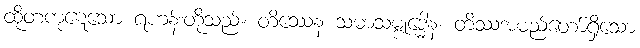
ထိုတကုဋေသော ရဟန်းတို့သည်။ တိဿေန သမာသမ္ဗုဒ္ဓေါန၊ တိဿအမည်တော်ရှိသော